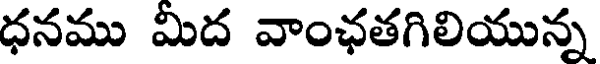
ధనము మిద వాంఛతగిలియున్న